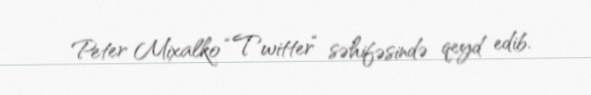
Peter Mixalko “Twitter“ səhifəsində qeyd edib.